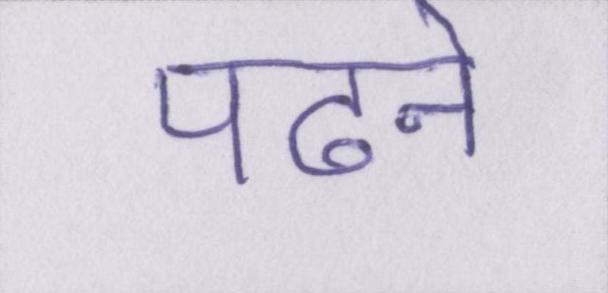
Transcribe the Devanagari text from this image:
पढने